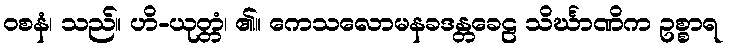
ဝစနံ၊ သည်။ ဟိ-ယုတ္တံ၊ ၏။ ကေသလောမနခဒန္တခေဠ သိင်္ဃာဏိက ဥစ္စာရ